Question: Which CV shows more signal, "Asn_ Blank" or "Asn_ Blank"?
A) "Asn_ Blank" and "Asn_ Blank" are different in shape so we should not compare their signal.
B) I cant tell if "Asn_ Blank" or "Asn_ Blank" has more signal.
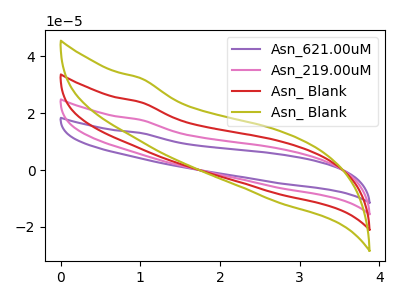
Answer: <think>The purple curve "Asn_621.00uM" has no peaks. The pink curve "Asn_219.00uM" has no peaks. The red curve "Asn_ Blank" has no peaks. The olive curve "Asn_ Blank" has no peaks.
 Neither "Asn_ Blank" or "Asn_ Blank" have any peaks.</think>
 <answer>B) I cant tell if "Asn_ Blank" or "Asn_ Blank" has more signal.</answer>
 <eval>B</eval>